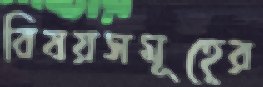
বিষয়সমূহের